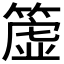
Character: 𥳁